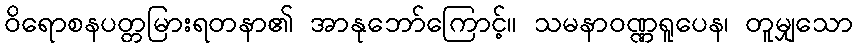
ဝိရောစနပတ္တမြားရတနာ၏ အာနုဘော်ကြောင့်။ သမနာဝဏ္ဏရူပေန၊ တူမျှသော